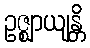
ဥဇ္ဈာယျန္တိ